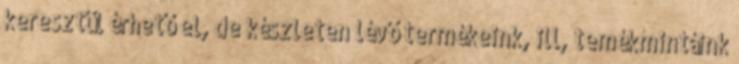
keresztül érhető el, de készleten lévő termékeink, ill, temékmintáink